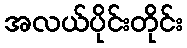
အလယ်ပိုင်းတိုင်း